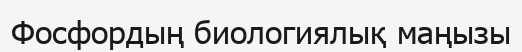
Фосфордың биологиялық маңызы